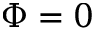
\Phi = 0